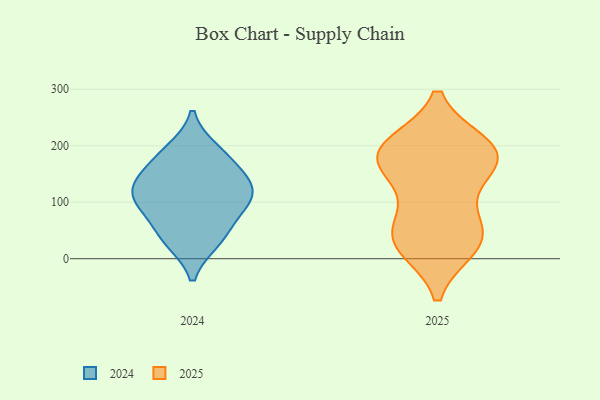
{"axis": {"x": "Operating Costs (USD K)", "y": "Value"}, "legend": ["2024", "2025"], "data": [{"x": "", "y": 32, "type": "2025"}, {"x": "", "y": 200, "type": "2025"}, {"x": "", "y": 197, "type": "2025"}, {"x": "", "y": 30, "type": "2025"}, {"x": "", "y": 181, "type": "2025"}, {"x": "", "y": 44, "type": "2025"}, {"x": "", "y": 184, "type": "2025"}, {"x": "", "y": 22, "type": "2025"}, {"x": "", "y": 135, "type": "2025"}, {"x": "", "y": 70, "type": "2025"}, {"x": "", "y": 170, "type": "2025"}, {"x": "", "y": 185, "type": "2025"}, {"x": "", "y": 192, "type": "2024"}, {"x": "", "y": 120, "type": "2024"}, {"x": "", "y": 93, "type": "2024"}, {"x": "", "y": 182, "type": "2024"}, {"x": "", "y": 69, "type": "2024"}, {"x": "", "y": 109, "type": "2024"}, {"x": "", "y": 142, "type": "2024"}, {"x": "", "y": 113, "type": "2024"}, {"x": "", "y": 31, "type": "2024"}, {"x": "", "y": 34, "type": "2024"}, {"x": "", "y": 148, "type": "2024"}]}